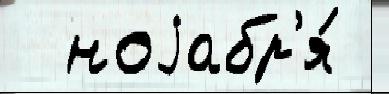
  ноjабр'я́